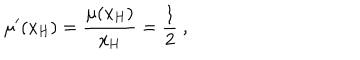
LaTeX: \mu ^ { \prime } ( x _ { \mathrm { H } } ) = \frac { \mu ( x _ { \mathrm { H } } ) } { x _ { \mathrm { H } } } = \frac { 1 } { 2 } \ ,